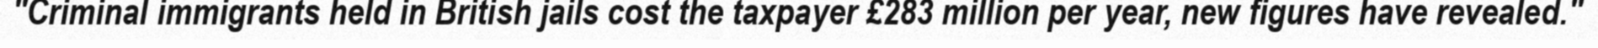
"Criminal immigrants held in British jails cost the taxpayer £283 million per year, new figures have revealed."